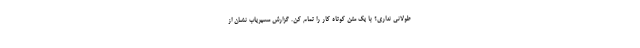
طولانی نداری؟ با یک متن کوتاه کار را تمام کن. گزارش مسیریاب نشان از